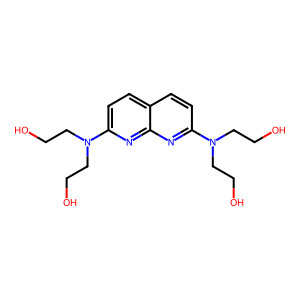
SMILES: OCCN(CCO)c1ccc2ccc(N(CCO)CCO)nc2n1
Inhibits HIV replication: No